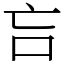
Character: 吂